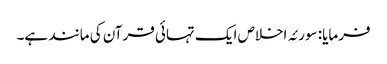
فرمایا: سورئہ اخلاص ایک تہائی قرآن کی مانند ہے۔